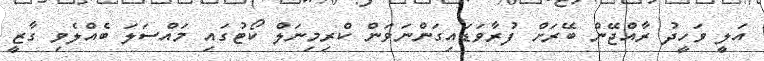
އަލީ ވަހީދު ރާއްޖޭން ބޭރަށް ފުރާވަޑައިގަންނަވަން ކްރިމިނަލް ކޯޓުގައި މައްސަލަ ބެއްލެވި ގާޒީ